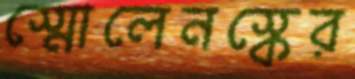
স্মোলেনস্কের